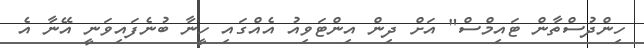
ހިންދުސްތާން ޓައިމްސް" އަށް ދިން އިންޓަވިއު އެއްގައި ހީނާ ބުނެފައިވަނީ އޭނާ އެ